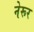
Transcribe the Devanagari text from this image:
नेरूर